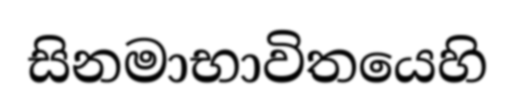
සිනමාභාවිතයෙහි